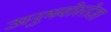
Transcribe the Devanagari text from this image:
अनुभवोस्तेजा